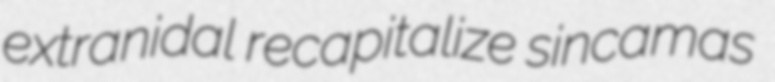
extranidal recapitalize sincamas